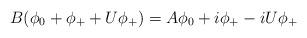
LaTeX: \begin{align*}B(\phi_0+\phi_++U\phi_+)=A\phi_0+i\phi_+-iU\phi_+\end{align*}